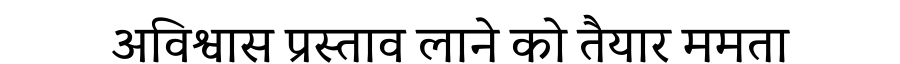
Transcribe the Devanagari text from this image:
अविश्वास प्रस्ताव लाने को तैयार ममता